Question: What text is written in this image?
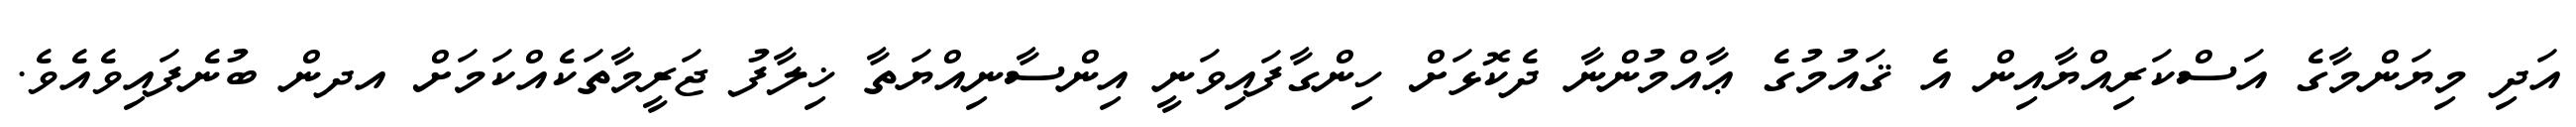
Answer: އަދި މިޔަންމާގެ އަސްކަރިއްޔާއިން އެ ޤައުމުގެ ޢާއްމުންނާ ދެކޮޅަށް ހިންގާފައިވަނީ އިންސާނިއްޔަތާ ޚިލާފު ޖަރީމާތަކެއްކަމަށް އދން ބުނެފައިވެއެވެ.